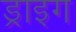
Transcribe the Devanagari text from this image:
ड्राइग